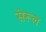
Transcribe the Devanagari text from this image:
सेरूल